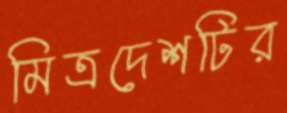
মিত্রদেশটির